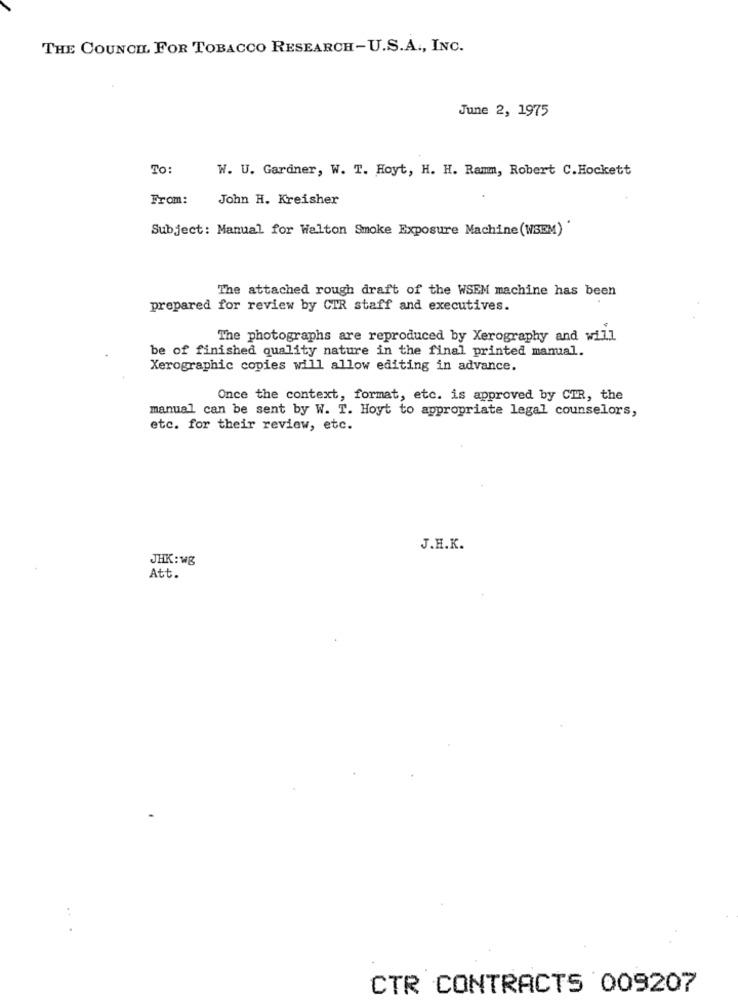
THE COUNCIL FOR TOBACCO RESEARCH-U.S.A ., INC.
June 2, 1975
To:
W. U. Gardner, W. T. Hoyt, H. H. Ramm, Robert C. Hockett
From:
John H. Kreisher
Subject: Manual for Walton Smoke Exposure Machine(WSEM)
The attached rough draft of the WSEM machine has been
prepared for review by CIR staff and executives.
The photographs are reproduced by Xerography and will
be of finished quality nature in the final printed manual.
Xerographic copies will allow editing in advance.
Once the context, format, etc. is approved by CTR, the
manual can be sent by W. T. Hoyt to appropriate legal counselors,
etc. for their review, etc.
J.H.K.
JHK: wg
Att.
CTR CONTRACTS 009207